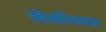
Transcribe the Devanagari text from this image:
ओशनियाच्या